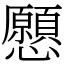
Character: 𢥧